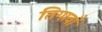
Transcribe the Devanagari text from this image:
तिगावाँ